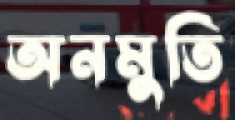
অনমুতি